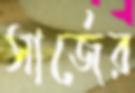
সার্জের